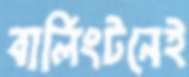
বার্লিংটনেই